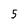
Character: 5